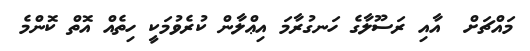
މައްޗަށް  އާއި ރަސޫލާގެ ހަނގުރާމަ އިޢްލާން ކުރެވުމަކީ ހިތެއް އޮތް ކޮންމެ